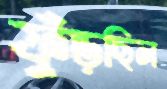
ফুঁড়ছিল